Report of the Municipal Commissioner on the plague in Bombay for the year ending 31st May... - Volume 1
Disease focus: Plague
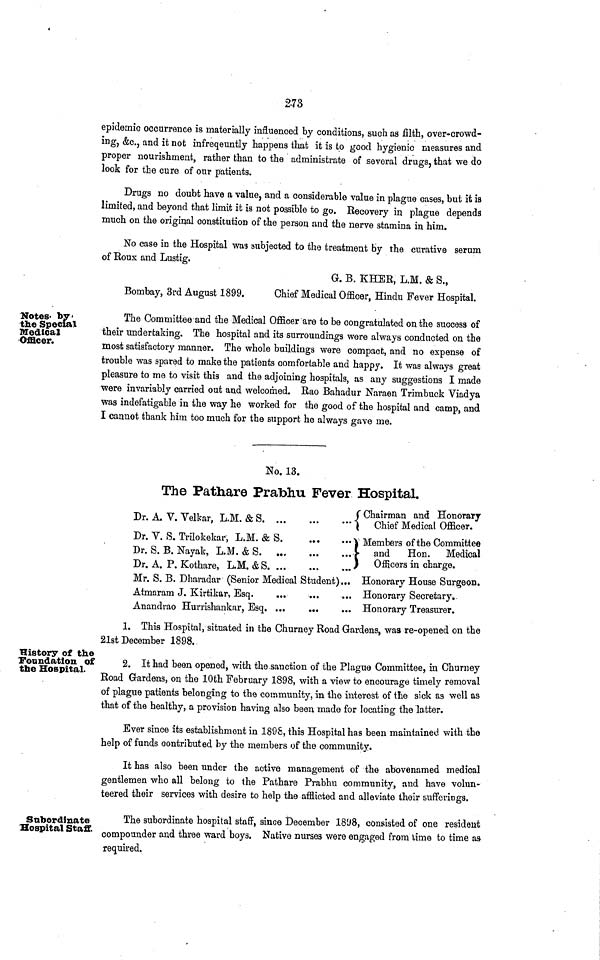
2-73
epidemic occurrence is materially influenced by conditions, such as filth, over-crowd-
ing, &c., and it not infreqeuntly happens that it is to good hygienic measures and
proper nourishment, rather than to the administrate of several drugs, that we do
look for the cure of our patients.
Drugs no doubt have a value, and a considerable value in plague oases, but it is
limited, and beyond that limit it is not possible to go. Recovery in plague depends
much on the original constitution of the person and the nerve stamina in him.
No case in the Hospital was subjected to the treatment by the curative serum
of Roux and Lustig.
G. B. KHEB, L.M. & S.,
Bombay, 3rd August 1899.
Chief Medical Officer, Hindu Fever Hospital.
Notes by
the Special
Medical
Officer.
The Committee and the Medical Officer are to be congratulated on the success of
their undertaking. The hospital and its surroundings were always conducted on the
most satisfactory manner. The whole buildings were compact, and no expense of
trouble was spared to make the patients comfortable and happy. It was always great
pleasure to me to visit this and the adjoining hospitals, as any suggestions I made
were invariably carried out and welcomed. Rao Bahadur Naraen Trimbuck Viadya
was indefatigable in the way he worked for the good of the hospital and camp, and
I cannot thank him too much for the support he always gave me.
No.13.
The Pathare Prabhu Fever Hospital.
Dr. A. V. Velkar, L.M. & S. ...
Dr. Y. S. Trilokekar, L.M. & S.
Dr. S. B. Nayak, L.M. & S. ...
Dr. A. P. Kothare, L.M.&S. ...
Mr. S. B. Dharadar (Senior Medical
Atmaram J. Kirtikar, Esq.
Anandrao Hurrishankar, Esq. ...
...
...
...
Student)
...
...
...{
...
...
I...
...
*••
Chairman and Honorary
Chief Medical Officer.
Members of the Committee
and
Hon.
Medical
Officers in charge.
Honorary House Surgeon.
Honorary Secretary.
Honorary Treasurer.
1. This Hospital, situated in the Churney Road Gardens, was re-opened on the
21st December 1898.
History of the
Foundation of
the Hospital.
2. It had been opened, with the.sanction of the Plague Committee, in Churney
Road Gardens, on the 10th February 1898, with a view to encourage timely removal
of plague patients belonging to the community, in the interest of the sick as well as
that of the healthy, a provision having also been made for locating the latter.
Ever since its establishment in 1898, this Hospital has been maintained with the
help of funds contributed by the members of the community.
It has also been under the active management of the abovenamed medical
gentlemen who all belong to the Pathare Prabhu community, and have volun-
teered their services with desire to help the afflicted and alleviate their sufferings.
Subordinate
Hospital Staff.
The subordinate hospital staff, since December 18'J8, consisted of one resident
compounder and three ward boys. Native nurses were engaged from time to time as
required.